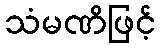
သံမဏိဖြင့်